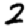
Digit: 2